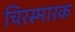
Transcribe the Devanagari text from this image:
चिरस्मारक